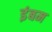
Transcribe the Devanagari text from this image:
इंबम